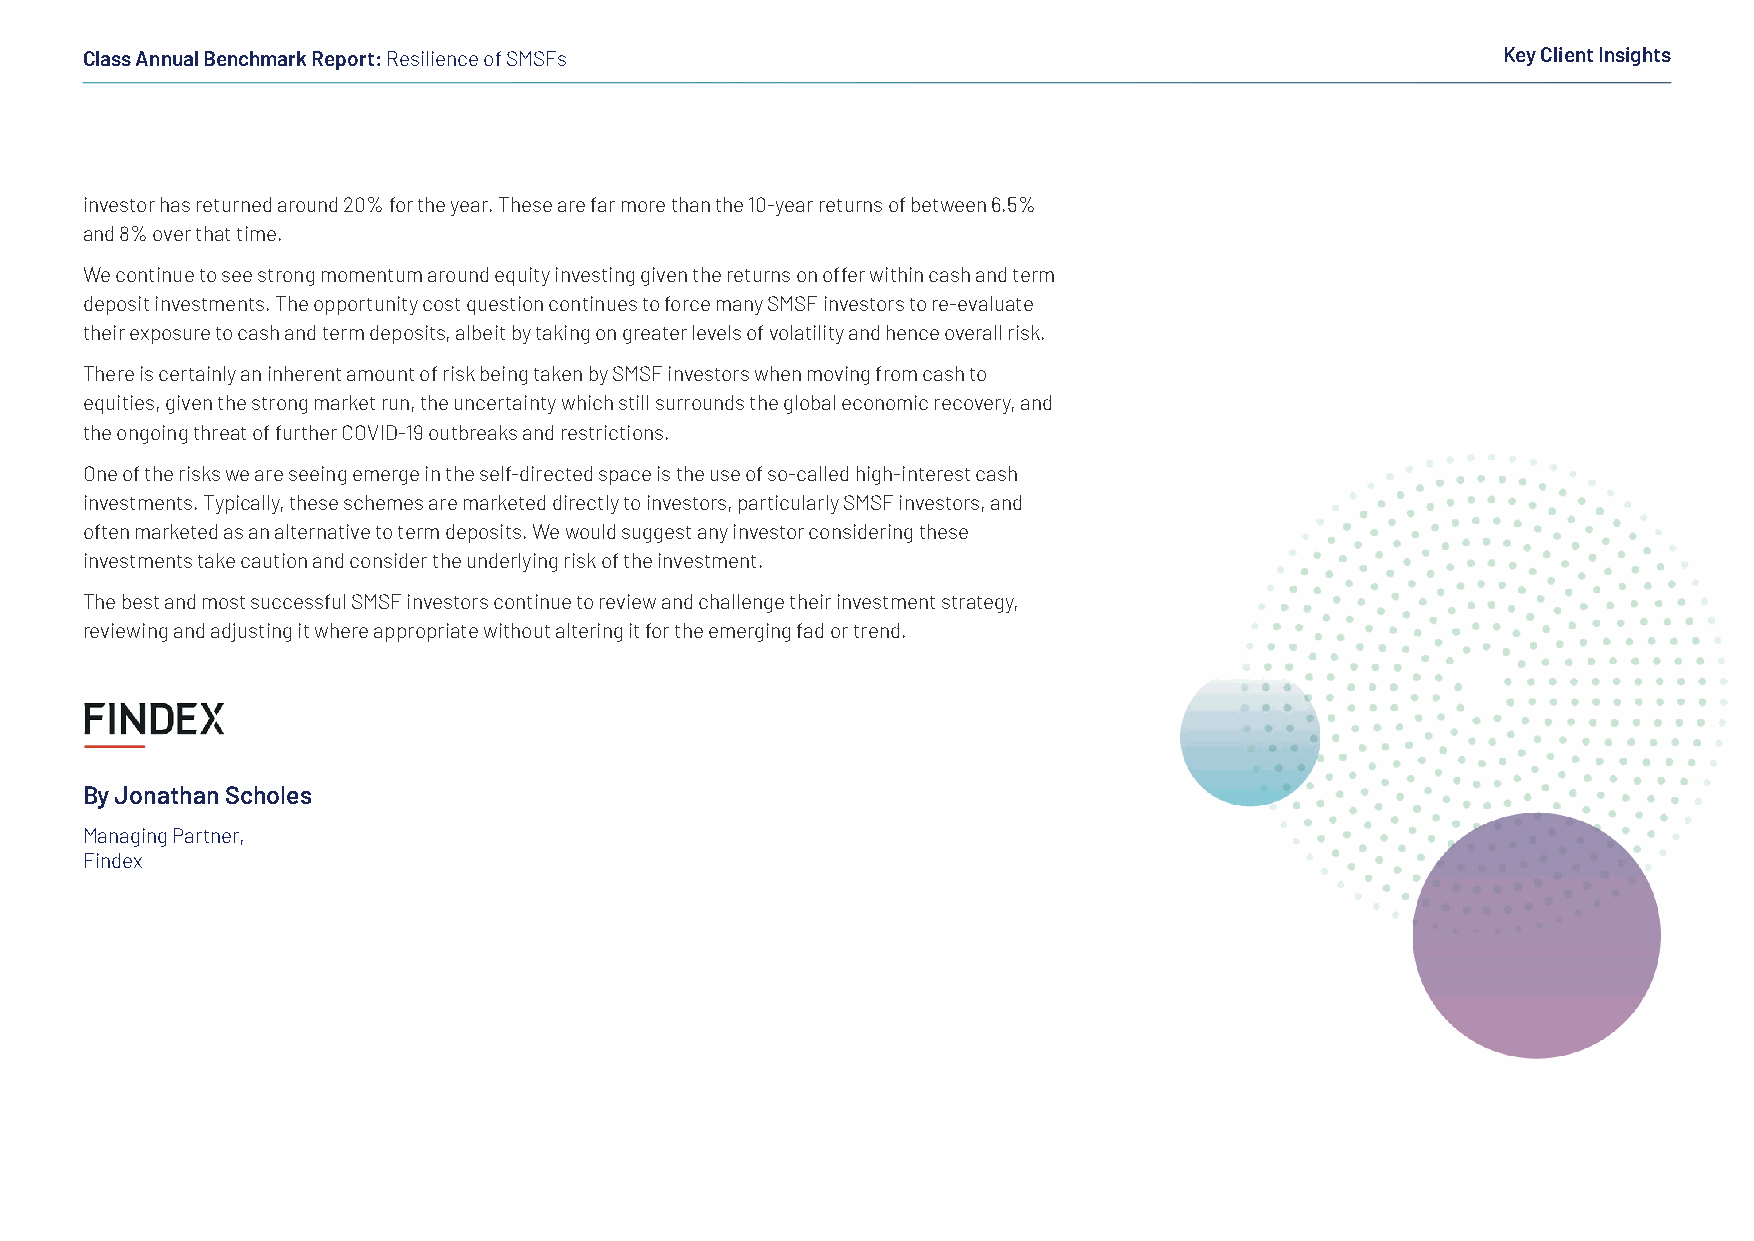
Class Annual Benchmark Report: Resilience of SMSFs                                             Key Client Insights
 investor has returned around 20% for the year. These are far more than the 10-year returns of between 6.5%
 and 8% over that time.
 We continue to see strong momentum around equity investing given the returns on offer within cash and term
 deposit investments. The opportunity cost question continues to force many SMSF investors to re-evaluate
 their exposure to cash and term deposits, albeit by taking on greater levels of volatility and hence overall risk.
 There is certainly an inherent amount of risk being taken by SMSF investors when moving from cash to
 equities, given the strong market run, the uncertainty which still surrounds the global economic recovery, and
 the ongoing threat of further COVID-19 outbreaks and restrictions.
 One of the risks we are seeing emerge in the self-directed space is the use of so-called high-interest cash
 investments. Typically, these schemes are marketed directly to investors, particularly SMSF investors, and
 often marketed as an alternative to term deposits. We would suggest any investor considering these
 investments take caution and consider the underlying risk of the investment.
 The best and most successful SMSF investors continue to review and challenge their investment strategy,
 reviewing and adjusting it where appropriate without altering it for the emerging fad or trend.
 By Jonathan Scholes
 Managing Partner,
 Findex
 61